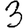
Digit: 3